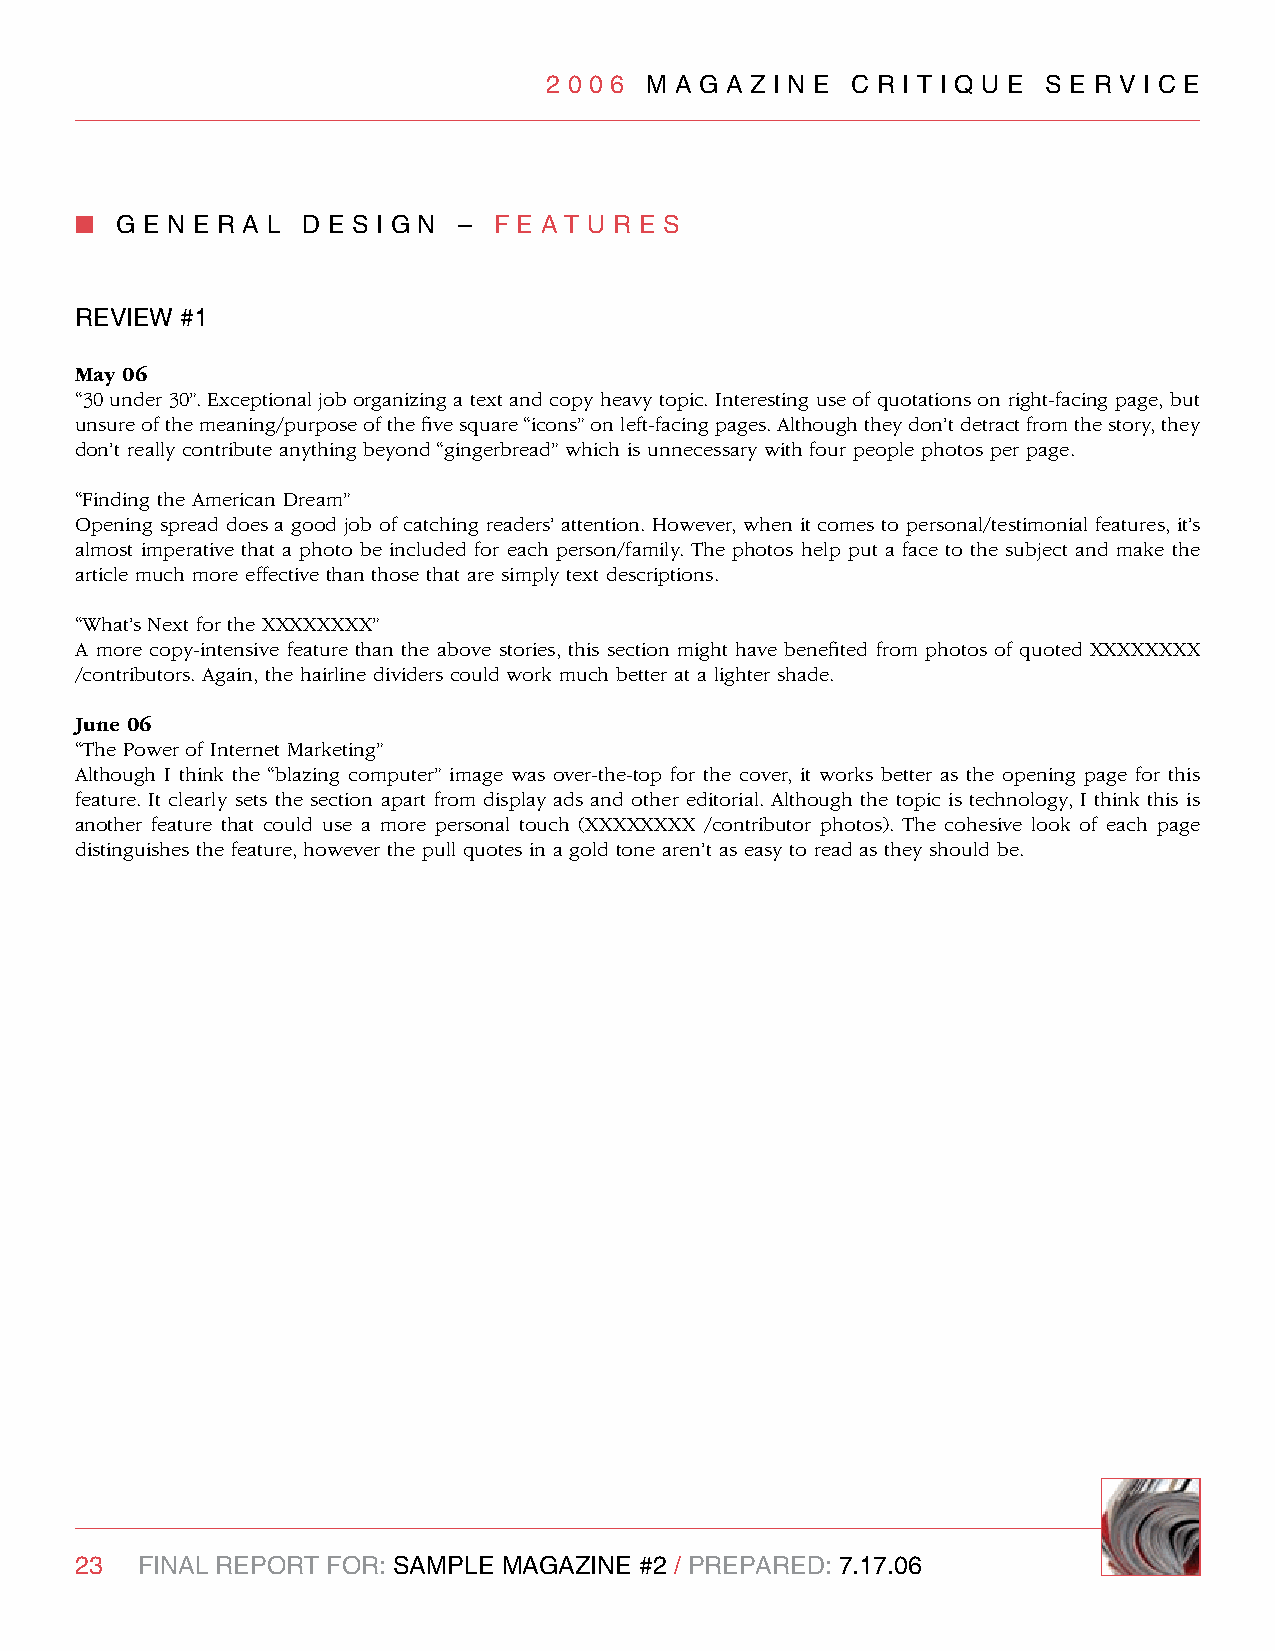
2 0 0 6 M A g A z I n e C R I T I q U e S e R v I C e
 n  g e n e R A l d e S I g n – F e A T U R e S
 RevIew #1
 May 06
 “30 under 30”. Exceptional job organizing a text and copy heavy topic. Interesting use of quotations on right-facing page, but
 unsure of the meaning/purpose of the five square “icons” on left-facing pages. Although they don’t detract from the story, they
 don’t really contribute anything beyond “gingerbread” which is unnecessary with four people photos per page.
 “Finding the American Dream”
 Opening spread does a good job of catching readers’ attention. However, when it comes to personal/testimonial features, it’s
 almost imperative that a photo be included for each person/family. The photos help put a face to the subject and make the
 article much more effective than those that are simply text descriptions.
 “What’s Next for the XXXXXXXX”
 A more copy-intensive feature than the above stories, this section might have benefited from photos of quoted XXXXXXXX
 /contributors. Again, the hairline dividers could work much better at a lighter shade.
 June 06
 “The Power of Internet Marketing”
 Although I think the “blazing computer” image was over-the-top for the cover, it works better as the opening page for this
 feature. It clearly sets the section apart from display ads and other editorial. Although the topic is technology, I think this is
 another feature that could use a more personal touch (XXXXXXXX /contributor photos). The cohesive look of each page
 distinguishes the feature, however the pull quotes in a gold tone aren’t as easy to read as they should be.
 23  FInAl RePORT FOR: SAMPle MAgAzIne #2 / PRePARed: 7.17.06